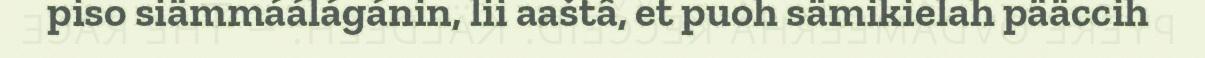
piso siämmáálágánin, lii aaštâ, et puoh sämikielah pääccih